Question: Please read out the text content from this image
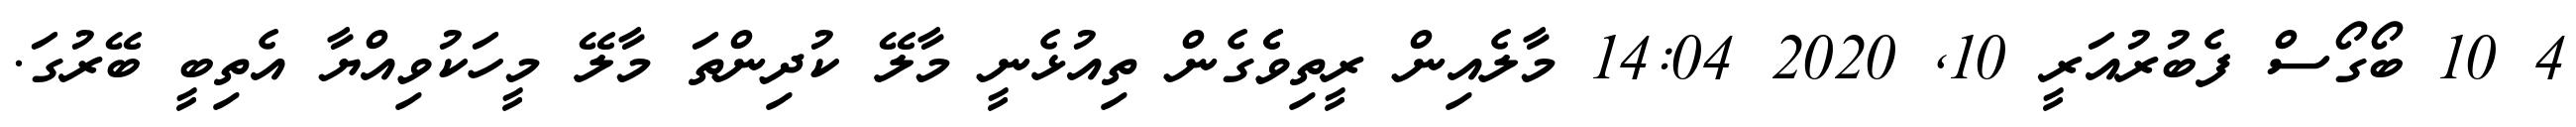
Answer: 4 10 ބޯގޯސް ފެބުރުއަރީ 10, 2020 14:04 މާލެއިން ރީތިވެެގެން ތިއުޅެނީ މާލޭ ކުދިންތަ މާލޭ މީހަކުވިއްޔާ އެތިބީ ބޭރުގަ.